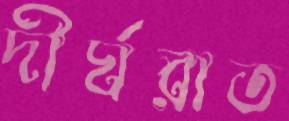
দীর্ঘরাত